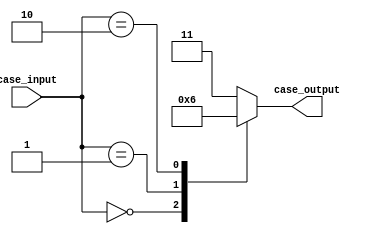
module unique_case_statement (
    input wire [2:0] case_input,
    output reg [1:0] case_output
);

always @* begin
    case(case_input)
        3'b000: begin
            case_output <= 2'b00;
        end
        3'b001: begin
            case_output <= 2'b01;
        end
        3'b010: begin
            case_output <= 2'b10;
        end
        default: begin
            case_output <= 2'b11;
        end
    endcase
end

endmodule